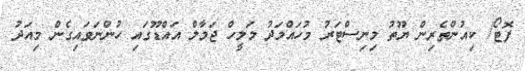
ފޮޓޯ/ ކިއުންތެރިން ޔޫތު މިނިސްޓަރު މުހައްމަދު މަލީހް ޖަމާލް އައްޑޫގައި ހުންނަވައިގެން މިއަދު